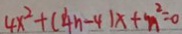
4 x ^ { 2 } + ( 4 n - 4 ) x + n ^ { 2 } = 0